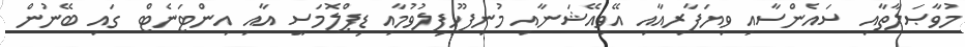
މުވާޞަލާތާއި ސައެންސާއި ވިޔަފާރިއާއި އޭވިއޭޝަނާއި މުނިފޫހިފިލުވުމާއި ޑިޕްލޮމަސީ އާއި އިންޓަނެޓް ގައި ބޭނުން